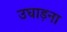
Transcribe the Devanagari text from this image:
उघाड़ना